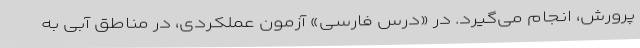
پرورش، انجام می‌گیرد. در «درس فارسی» آزمون عملکردی، در مناطق آبی به